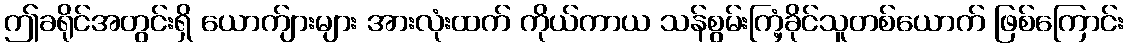
ဤခရိုင်အတွင်းရှိ ယောက်ျားများ အားလုံးထက် ကိုယ်ကာယ သန်စွမ်းကြံ့ခိုင်သူတစ်ယောက် ဖြစ်ကြောင်း